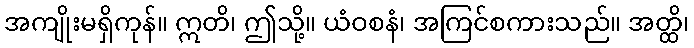
အကျိုးမရှိကုန်။ ဣတိ၊ ဤသို့။ ယံဝစနံ၊ အကြင်စကားသည်။ အတ္ထိ၊